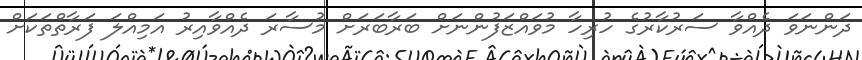
ދަންނަވަ ދެއްވާ ސަރުކާރުގެ ހުރިހާ މުވައްޒަފުންނަށް ބަރާބަރަށް މުސާރަ ދެއްވާއިރު އަމިއްލަ ފަރާތްތަކަށް